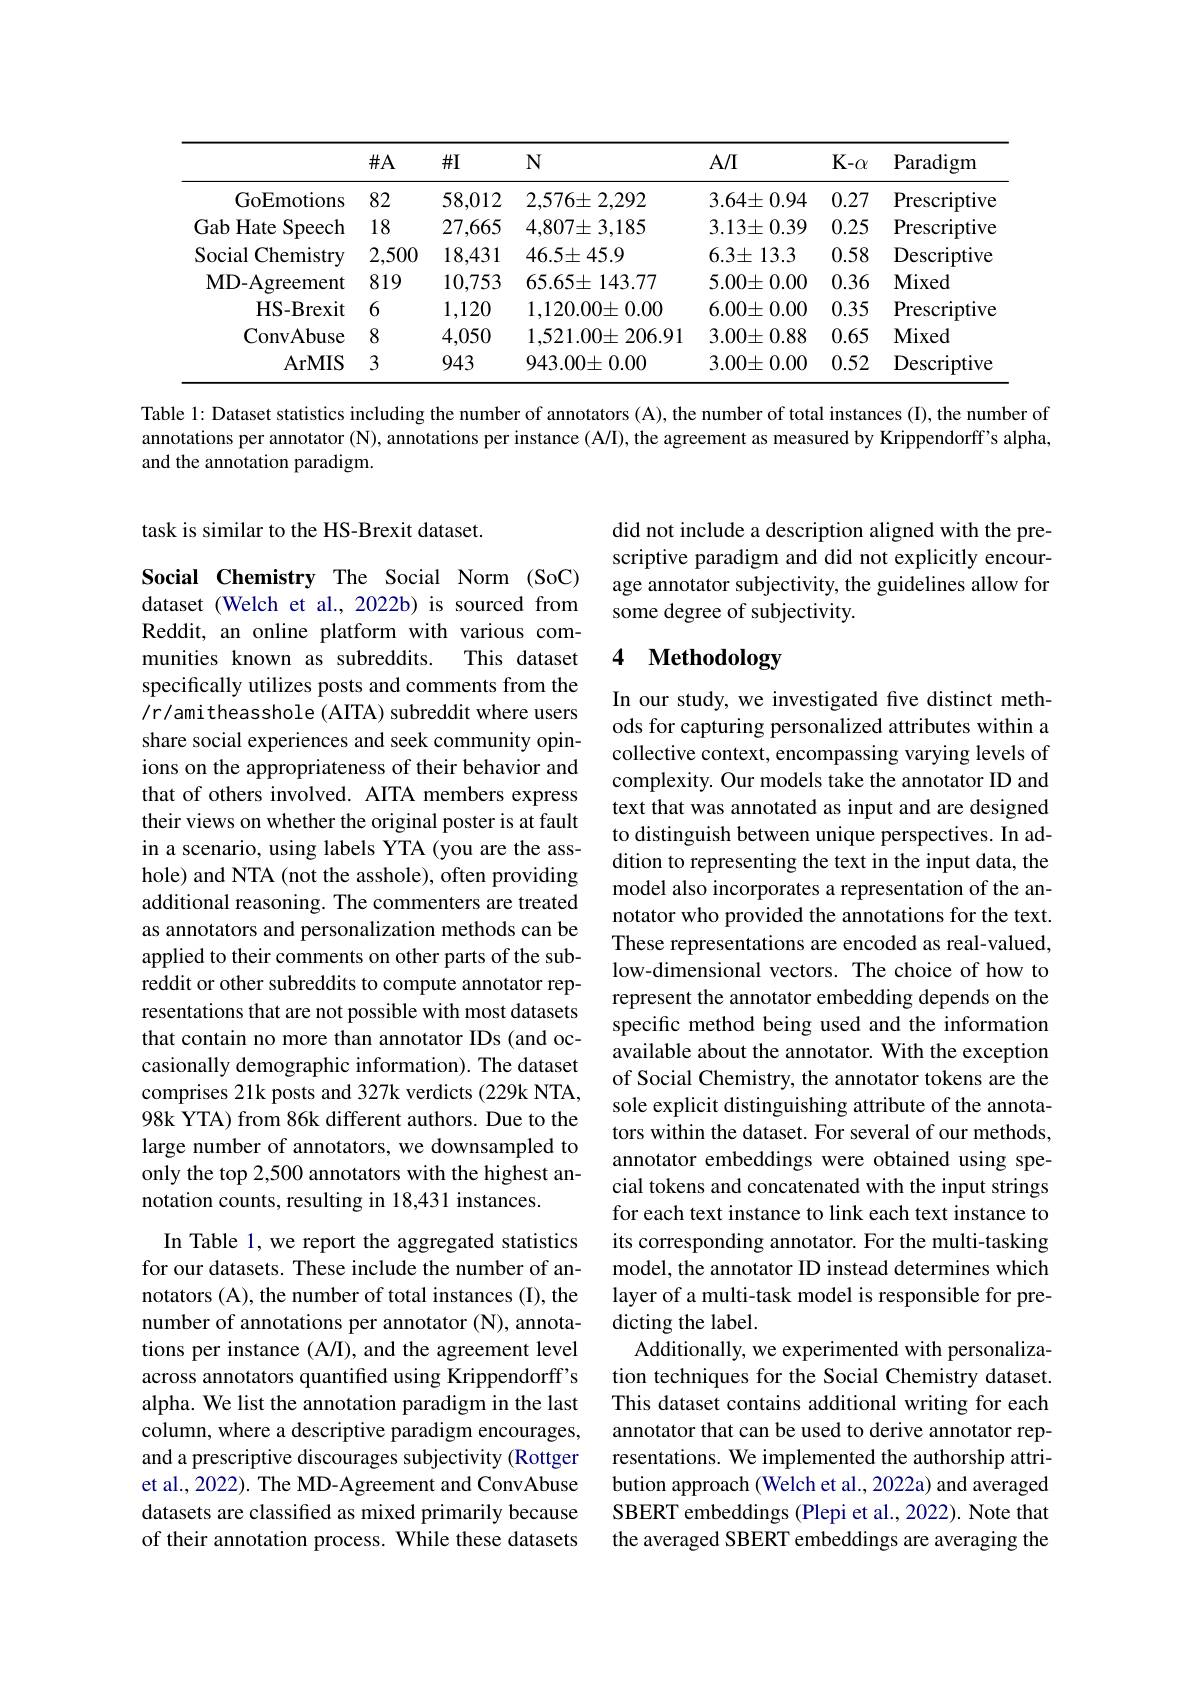
<table>
	<tbody>
		<tr>
			<th> </th>
			<th>$\#A$</th>
			<th>$\#$I</th>
			<th>$N$</th>
			<th>$A/I$</th>
			<th>$K-\alpha$</th>
			<th>Paradigm</th>
		</tr>
		<tr>
			<td>GoEmotions</td>
			<td>82</td>
			<td>58,012</td>
			<td>$2,576\pm2,292$</td>
			<td>$3.64\pm$ 0.94 $c$</td>
			<td>0.27</td>
			<td>Prescriptive</td>
		</tr>
		<tr>
			<td>Gab Hate Speech</td>
			<td>18</td>
			<td>27,665</td>
			<td>$4,807\pm3,185$</td>
			<td>$3.13\pm0.39$</td>
			<td>0.25</td>
			<td>Prescriptive</td>
		</tr>
		<tr>
			<td>Social Chemistry</td>
			<td>2,500</td>
			<td>18,431</td>
			<td>$46.5\pm45.9$</td>
			<td>=13.3 $6.3\pm$</td>
			<td>0.58</td>
			<td>Descriptive</td>
		</tr>
		<tr>
			<td>$\mathbf{MD-Agreement}$</td>
			<td>819</td>
			<td>10,753</td>
			<td>$65.65\pm143.77$</td>
			<td>$5.00\pm$ 0.00 </td>
			<td>0.36</td>
			<td>Mixed</td>
		</tr>
		<tr>
			<td>HS- Brexit</td>
			<td>6</td>
			<td>1,120</td>
			<td>$1,120.00\pm0.00$</td>
			<td>$6.00\pm$ 0.00</td>
			<td>0.35</td>
			<td>Prescriptive</td>
		</tr>
		<tr>
			<td>ConvAbuse</td>
			<td>8</td>
			<td>4,050</td>
			<td>$1,521.00\pm$ $\pm206.91$</td>
			<td>$3.00\pm0.88$</td>
			<td>0.65</td>
			<td>Mixed</td>
		</tr>
		<tr>
			<td>ArMIS</td>
			<td>3</td>
			<td>943</td>
			<td>$943.00\pm0.00$</td>
			<td>$3.00\pm$ 0.00</td>
			<td>0.52</td>
			<td>Descriptive</td>
		</tr>
	</tbody>
</table>

Table 1: Dataset statistics including the number of annotators (A), the number of total instances (I), the number of annotations per annotator (N), annotations per instance (A/I), the agreement as measured by Krippendorff’s alpha, and the annotation paradigm.

task is similar to the HS-Brexit dataset.

did not include a description aligned with the prescriptive paradigm and did not explicitly encourage annotator subjectivity, the guidelines allow for some degree of subjectivity.

### 4 $\textbf{Methodology}$

Social Chemistry The Social Norm (SoC) dataset (Welch et al., 2022b) is sourced from Reddit, an online platform with various com-
This dataset
munities known as subreddits.
specifically utilizes posts and comments from the /r/amitheasshole (AITA) subreddit where users share social experiences and seek community opinions on the appropriateness of their behavior and that of others involved. AITA members express their views on whether the original poster is at fault in a scenario, using labels YTA (you are the asshole) and NTA (not the asshole), often providing additional reasoning. The commenters are treated as annotators and personalization methods can be applied to their comments on other parts of the subreddit or other subreddits to compute annotator representations that are not possible with most datasets that contain no more than annotator IDs (and occasionally demographic information). The dataset comprises 21k posts and 327k verdicts (229k NTA, 98k YTA) from 86k different authors. Due to the large number of annotators, we downsampled to only the top 2,500 annotators with the highest annotation counts, resulting in 18,431 instances.
In Table 1, we report the aggregated statistics

In our study, we investigated five distinct methods for capturing personalized attributes within a collective context, encompassing varying levels of complexity. Our models take the annotator ID and text that was annotated as input and are designed to distinguish between unique perspectives. In addition to representing the text in the input data, the model also incorporates a representation of the annotator who provided the annotations for the text. These representations are encoded as real-valued, low-dimensional vectors. The choice of how to represent the annotator embedding depends on the specific method being used and the information available about the annotator. With the exception of Social Chemistry, the annotator tokens are the sole explicit distinguishing attribute of the annotators within the dataset. For several of our methods, annotator embeddings were obtained using special tokens and concatenated with the input strings for each text instance to link each text instance to its corresponding annotator. For the multi-tasking model, the annotator ID instead determines which layer of a multi-task model is responsible for predicting the label.
Additionally, we experimented with personalization techniques for the Social Chemistry dataset. This dataset contains additional writing for each annotator that can be used to derive annotator representations. We implemented the authorship attribution approach (Welch et al., 2022a) and averaged SBERT embeddings (Plepi et al., 2022). Note that the averaged SBERT embeddings are averaging the

for our datasets. These include the number of annotators (A), the number of total instances (I), the number of annotations per annotator (N), annotations per instance (A/I), and the agreement level across annotators quantified using Krippendorff's alpha. We list the annotation paradigm in the last column, where a descriptive paradigm encourages, and a prescriptive discourages subjectivity (Rottger et al., 2022). The MD-Agreement and ConvAbuse datasets are classified as mixed primarily because of their annotation process. While these datasets